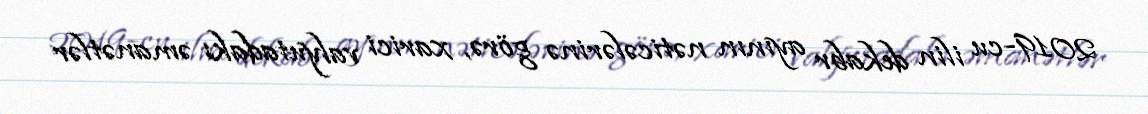
2019-cu ilin dekabr ayının nəticələrinə görə, xarici valyutadakı əmanətlər